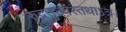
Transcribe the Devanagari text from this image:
रुद्रतुल्यस्तथाऽत्र।